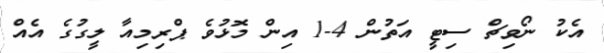
އެކު ނޯވިޗް ސިޓީ އަތުން 4-1 އިން މޮޅުވެ ޕްރިމިއާ ލީގުގެ އެއް